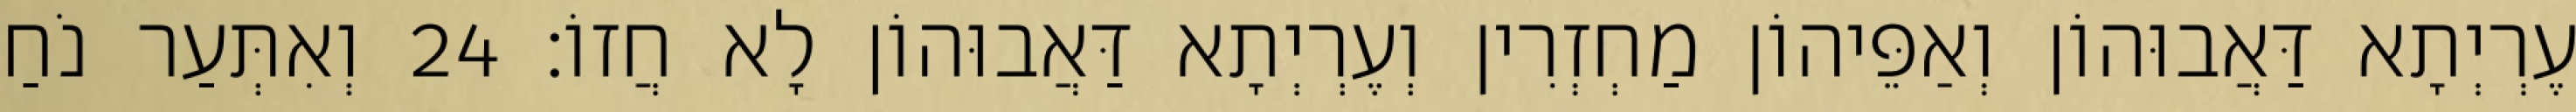
עֶרְיְתָא דַּאֲבוּהוֹן וְאַפֵּיהוֹן מַחְזְרִין וְעֶרְיְתָא דַּאֲבוּהוֹן לָא חֲזוֹ׃ 24 וְאִתְּעַר נֹחַ